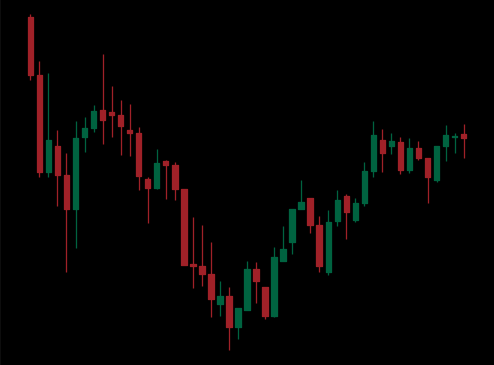
Pattern: inverse_head_shoulders